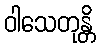
ဝါသေတုန္တိ